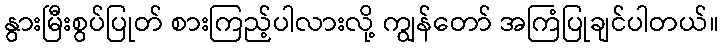
နွားမြီးစွပ်ပြုတ် စားကြည့်ပါလားလို့ ကျွန်တော် အကြံပြုချင်ပါတယ်။